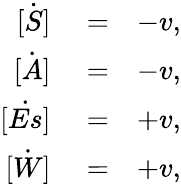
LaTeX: \begin{array}{rlr}{\dot{[S]}}&{{}=}&{-v,}\\ {\dot{[A]}}&{{}=}&{-v,}\\ {\dot{[Es]}}&{{}=}&{+v,}\\ {\dot{[W]}}&{{}=}&{+v,}\end{array}